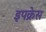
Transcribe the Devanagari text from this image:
इपक्रेस